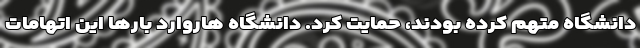
دانشگاه متهم کرده بودند، حمایت کرد. دانشگاه هاروارد بارها این اتهامات